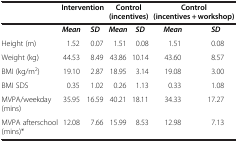
|  | <COLSPAN=2> Intervention | <COLSPAN=2> Control (incentives) | <COLSPAN=2> Control (incentives + workshop) |
 | --- | --- | --- | --- | --- | --- | --- |
 |  | Mean | SD | Mean | SD | Mean | SD |
 | Height (m) | 1.52 | 0.07 | 1.51 | 0.08 | 1.51 | 0.08 |
 | Weight (kg) | 44.53 | 8.49 | 43.86 | 10.14 | 43.60 | 8.57 |
 | BMI (kg/m2) | 19.10 | 2.87 | 18.95 | 3.14 | 19.08 | 3.00 |
 | BMI SDS | 0.35 | 1.02 | 0.26 | 1.13 | 0.33 | 1.08 |
 | MVPA/weekday (mins) | 35.95 | 16.59 | 40.21 | 18.11 | 34.33 | 17.27 |
 | MVPA afterschool (mins)* | 12.08 | 7.66 | 15.99 | 8.53 | 12.98 | 7.13 |